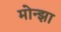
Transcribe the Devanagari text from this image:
मोन्झा